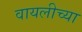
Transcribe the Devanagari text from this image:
वायलीच्या